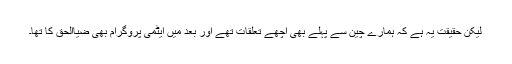
لیکن حقیقت یہ ہے کہ ہمارے چین سے پہلے بھی اچھے تعلقات تھے اور بعد میں ایٹمی پروگرام بھی ضیاالحق کا تھا۔